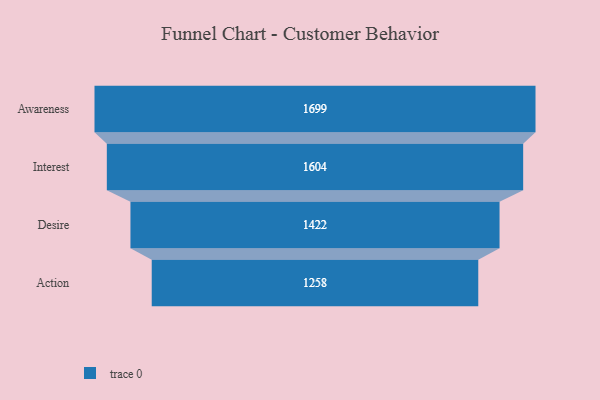
{"axis": {"x": "Stage", "y": "Value"}, "legend": [""], "data": [{"x": "Awareness", "y": 1699.0, "type": ""}, {"x": "Interest", "y": 1604.0, "type": ""}, {"x": "Desire", "y": 1422.0, "type": ""}, {"x": "Action", "y": 1258.0, "type": ""}]}